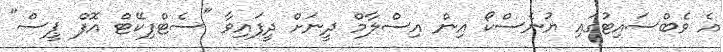
އެ ވެބްސައިޓުގައި ޔުނެސްކޯ އިން އިސްލާމް ދީނަށް ދީފައިވާ "ސެޓްފިކޭޓް އޮފް ޕީސް"